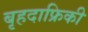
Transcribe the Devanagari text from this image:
बृहदाफ्रिकी